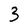
Character: 3